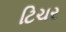
ટિચર